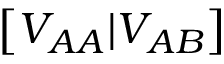
\big [ V _ { A A } | V _ { A B } \big ]